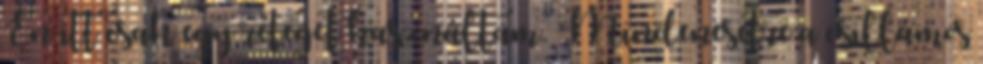
Én itt csak egy réteget használtam. Mindenesetre a csillámos